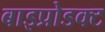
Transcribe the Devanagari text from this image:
बाइप्रोडक्ट